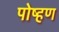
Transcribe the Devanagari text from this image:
पोष्हण